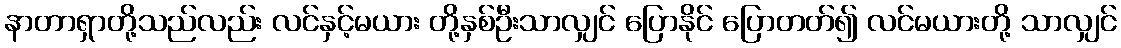
နာတာရှာတို့သည်လည်း လင်နှင့်မယား တို့နှစ်ဦးသာလျှင် ပြောနိုင် ပြောတတ်၍ လင်မယားတို့ သာလျှင်